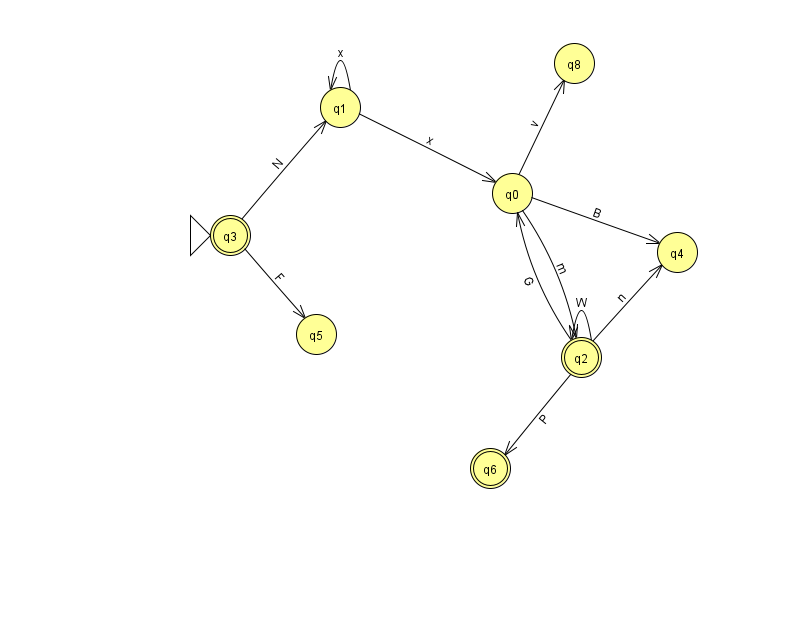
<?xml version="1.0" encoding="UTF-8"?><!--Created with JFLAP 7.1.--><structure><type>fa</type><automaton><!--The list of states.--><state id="0" name="q0"><x>512.0</x><y>180.0</y></state><state id="1" name="q1"><x>340.0</x><y>94.0</y></state><state id="2" name="q2"><x>581.0</x><y>344.0</y><final/></state><state id="3" name="q3"><x>230.0</x><y>222.0</y><initial/><final/></state><state id="4" name="q4"><x>677.0</x><y>239.0</y></state><state id="5" name="q5"><x>316.0</x><y>321.0</y></state><state id="6" name="q6"><x>490.0</x><y>455.0</y><final/></state><state id="8" name="q8"><x>574.0</x><y>50.0</y></state><!--The list of transitions.--><transition><from>2</from><to>0</to><read>G</read></transition><transition><from>0</from><to>4</to><read>B</read></transition><transition><from>3</from><to>5</to><read>F</read></transition><transition><from>0</from><to>8</to><read>v</read></transition><transition><from>2</from><to>2</to><read>W</read></transition><transition><from>1</from><to>0</to><read>x</read></transition><transition><from>1</from><to>1</to><read>x</read></transition><transition><from>3</from><to>1</to><read>N</read></transition><transition><from>0</from><to>2</to><read>m</read></transition><transition><from>2</from><to>4</to><read>n</read></transition><transition><from>2</from><to>6</to><read>P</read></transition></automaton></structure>